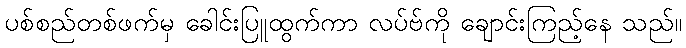
ပစ်စည်တစ်ဖက်မှ ခေါင်းပြူထွက်ကာ လပ်ဗ်ကို ချောင်းကြည့်နေ သည်။